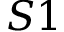
S 1